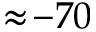
\approx \! - 7 0